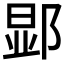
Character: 𮷬